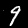
Label: 9